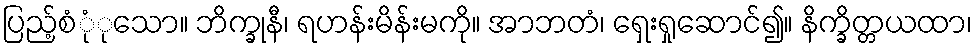
ပြည့်စုုံံသော။ ဘိက္ခုနီ၊ ရဟန်းမိန်းမကို။ အာဘတံ၊ ရှေးရှုဆောင်၍။ နိက္ခိတ္တယထာ၊